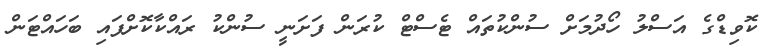
ކޮވިޑްގެ އަސްލު ހޯދުމަށް ސުންކުތައް ޓެސްޓް ކުރަން ފަށަނީ ސުންކު ރައްކާކޮށްފައި ބަހައްޓަން